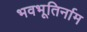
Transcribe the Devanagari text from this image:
भवभूतिर्नाम